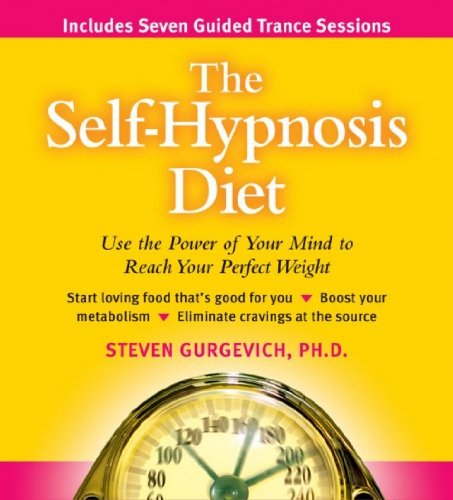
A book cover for The Self-hypnosis Diet: Use the Power of Your Mind to Reach Your Perfect Weight; Steven Gurgevich; Self-Help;